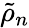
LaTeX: \tilde{\rho}_{n}